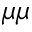
\mu \mu